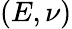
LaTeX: \left(E,\nu\right)